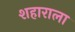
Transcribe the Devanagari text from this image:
शहाराला